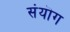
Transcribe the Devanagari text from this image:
संयॊग